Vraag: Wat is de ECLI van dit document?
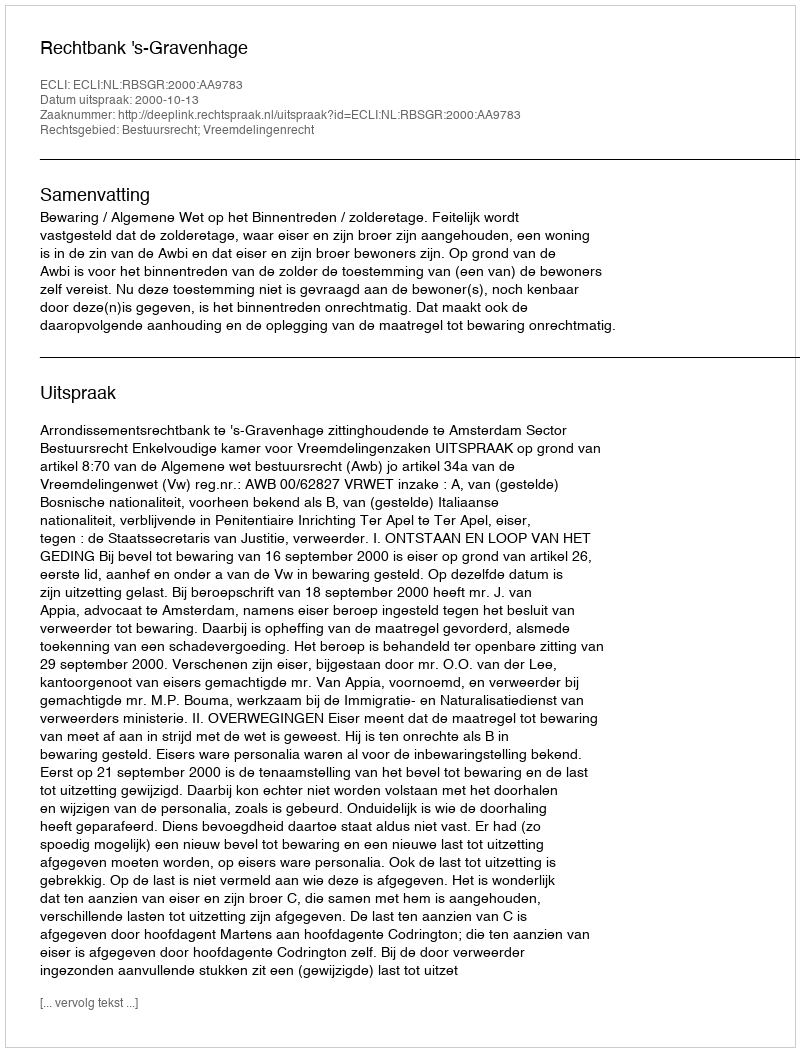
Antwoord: ECLI:NL:RBSGR:2000:AA9783